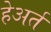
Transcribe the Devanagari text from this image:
हेअर्त